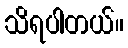
သိရပါတယ်။